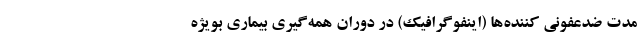
مدت ضدعفونی‌ کننده‌ها (اینفوگرافیک) در دوران همه‌گیری بیماری بویژه